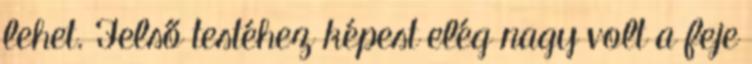
lehet. Felső testéhez képest elég nagy volt a feje